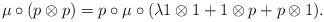
LaTeX: \begin{gather*}\mu \circ (p\otimes p) = p \circ \mu \circ (\lambda 1\otimes 1 + 1\otimes p + p\otimes 1) .\end{gather*}